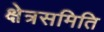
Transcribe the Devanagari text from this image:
क्षेत्रसमिति